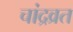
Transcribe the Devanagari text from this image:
चांद्रव्रत